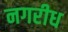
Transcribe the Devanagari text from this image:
नगरीध